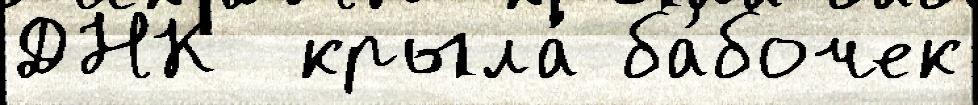
ДНК  крыла́ ба́бочек